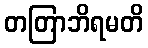
တတြာဘိရမတိ